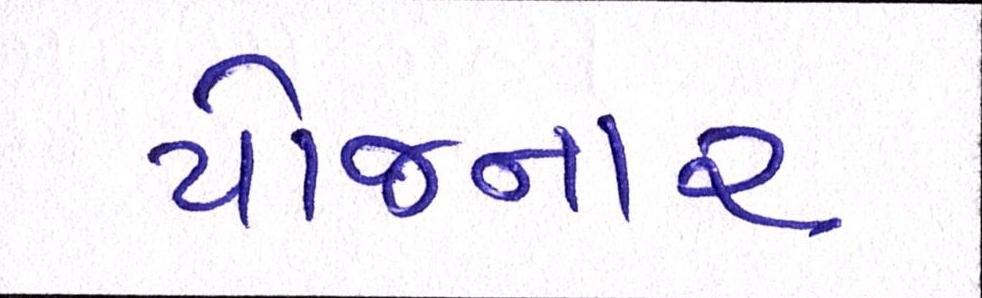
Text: યોજનાર